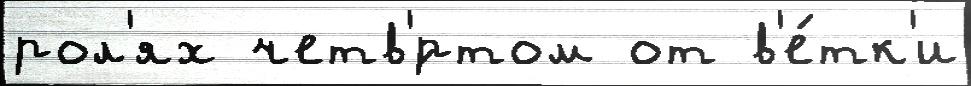
рол'ях четв'́ртом от в'е́тк'и